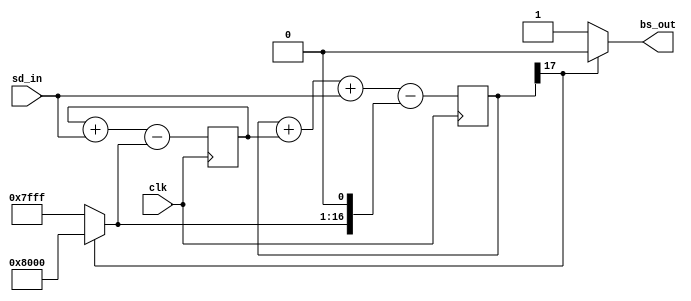
module sd2(clk, sd_in, bs_out);

// input bitwidth
parameter BW = 16;

input clk;
input signed [BW-1:0] sd_in;    // sd input
output bs_out;                  // bitstream output

wire signed [BW-1:0] feedback;  // feedback signal

reg signed [BW+1:0] sd_reg1;
reg signed [BW+1:0] sd_reg2;

initial begin 
sd_reg1 = 0;
sd_reg2 = 0;
end

// logic assignments
assign bs_out = sd_reg1[BW+1] ? 0 : 1;
assign feedback = sd_reg1[BW+1] ? -(2**(BW-1)) : (2**(BW-1) - 1);

// register update logic
always@(posedge clk) begin
	sd_reg1 <= sd_reg1 + sd_reg2 + sd_in - (feedback <<< 1);
	sd_reg2 <= sd_reg2 + sd_in - feedback;
end

endmodule